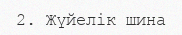
2. Жүйелік шина